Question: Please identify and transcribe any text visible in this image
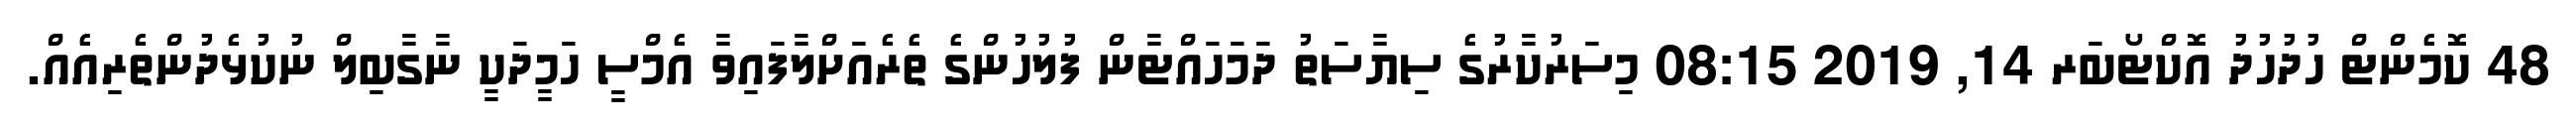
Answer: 48 ކޮމެންޓް ހުދުހުދު އޮކްޓޯބަރ 14, 2019 08:15 މިސަރުކާރުގެ ސިޔާސަތު ދަމަހައްޓާން ފުލުހުންގެ ތެރެއަށްލާފައިވާ އެމްސީ ހަމީދަކީ ނާގާބިލް ނުކުޅެދުންތެރިއެއް.